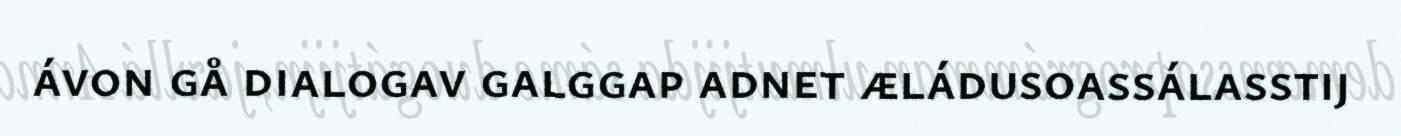
ávon gå dialogav galggap adnet æládusoassálasstij